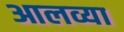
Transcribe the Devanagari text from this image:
आलव्या